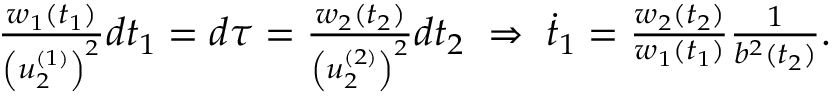
\begin{array} { r } { \frac { w _ { 1 } ( t _ { 1 } ) } { \left( u _ { 2 } ^ { ( 1 ) } \right) ^ { 2 } } d t _ { 1 } = d \tau = \frac { w _ { 2 } ( t _ { 2 } ) } { \left( u _ { 2 } ^ { ( 2 ) } \right) ^ { 2 } } d t _ { 2 } \; \Rightarrow \; \dot { t } _ { 1 } = \frac { w _ { 2 } ( t _ { 2 } ) } { w _ { 1 } ( t _ { 1 } ) } \frac { 1 } { b ^ { 2 } ( t _ { 2 } ) } . } \end{array}